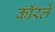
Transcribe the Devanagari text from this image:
काँरले